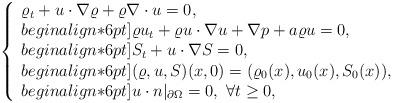
LaTeX: \begin{align*}\left\{\begin{array}{lll}\varrho_t + u\cdot\nabla \varrho + \varrho\nabla\cdot u =0, \\begin{align*}6pt]\varrho u_t + \varrho u\cdot\nabla u + \nabla p + a\varrho u =0, \\begin{align*}6pt]S_t + u\cdot\nabla S =0, \\begin{align*}6pt](\varrho,u,S)(x,0)=(\varrho_0(x), u_0(x), S_0(x)), \\begin{align*}6pt]u\cdot n|_{\partial\Omega} =0,\ \forall t\geq 0,\end{array}\right.\end{align*}